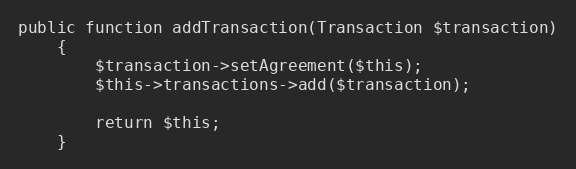
Language: PHP
public function addTransaction(Transaction $transaction)
    {
        $transaction->setAgreement($this);
        $this->transactions->add($transaction);

        return $this;
    }